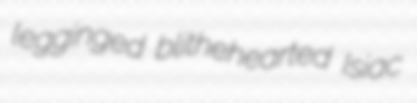
legginged blithehearted Isiac